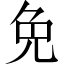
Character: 免